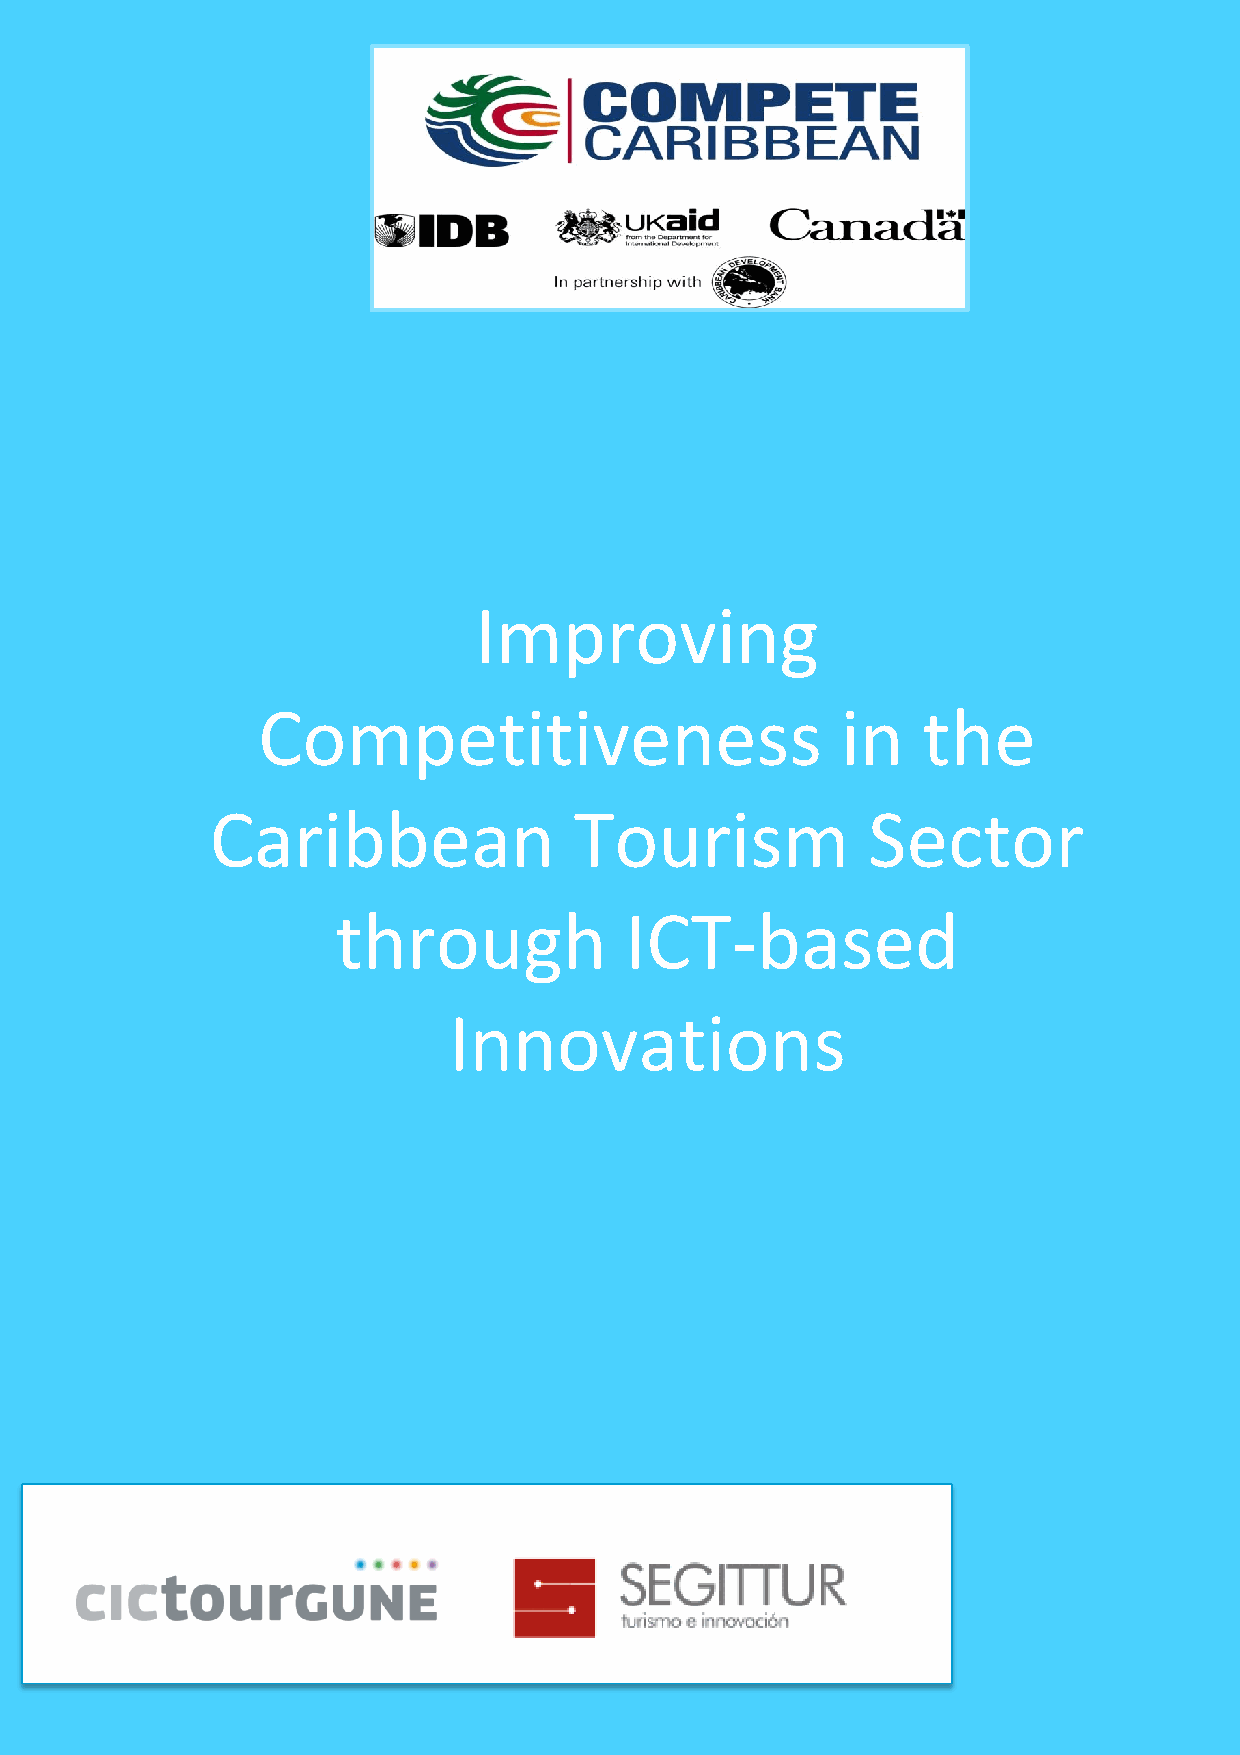
Improving
 Competitiveness                        in   the
 Caribbean               Tourism            Sector
 through            ICT-based
 Innovations
 | i